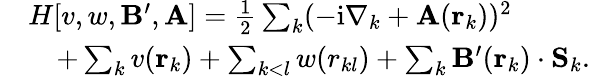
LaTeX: \begin{array}{rl}&{H[v,w,\mathbf{B}^{\prime},\mathbf{A}]=\frac{1}{2}\sum_{k}(-\mathrm{i}\nabla_{k}+\mathbf{A}(\mathbf{r}_{k}))^{2}}\\ &{\quad+\sum_{k}v(\mathbf{r}_{k})+\sum_{k<l}w(r_{kl})+\sum_{k}\mathbf{B}^{\prime}(\mathbf{r}_{k})\cdot\mathbf{S}_{k}.}\end{array}